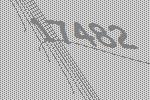
17482